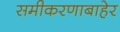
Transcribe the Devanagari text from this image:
समीकरणाबाहेर